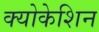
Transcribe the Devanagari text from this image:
क्योकेशिन